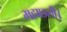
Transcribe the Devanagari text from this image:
महाछली।